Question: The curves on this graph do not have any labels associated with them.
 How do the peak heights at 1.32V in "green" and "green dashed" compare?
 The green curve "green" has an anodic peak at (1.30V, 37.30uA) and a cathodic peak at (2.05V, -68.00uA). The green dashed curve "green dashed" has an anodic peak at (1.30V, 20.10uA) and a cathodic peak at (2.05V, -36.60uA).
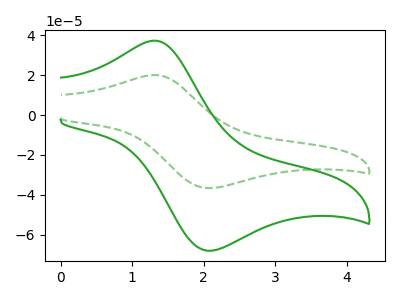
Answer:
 <answer>The peak at 1.32V is higher in "green" than in "green dashed".</answer>
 <eval>higher</eval>